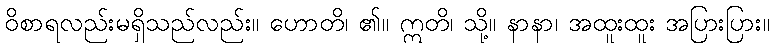
ဝိစာရလည်းမရှိသည်လည်း။ ဟောတိ၊ ၏။ ဣတိ၊ သို့။ နာနာ၊ အထူးထူး အပြားပြား။